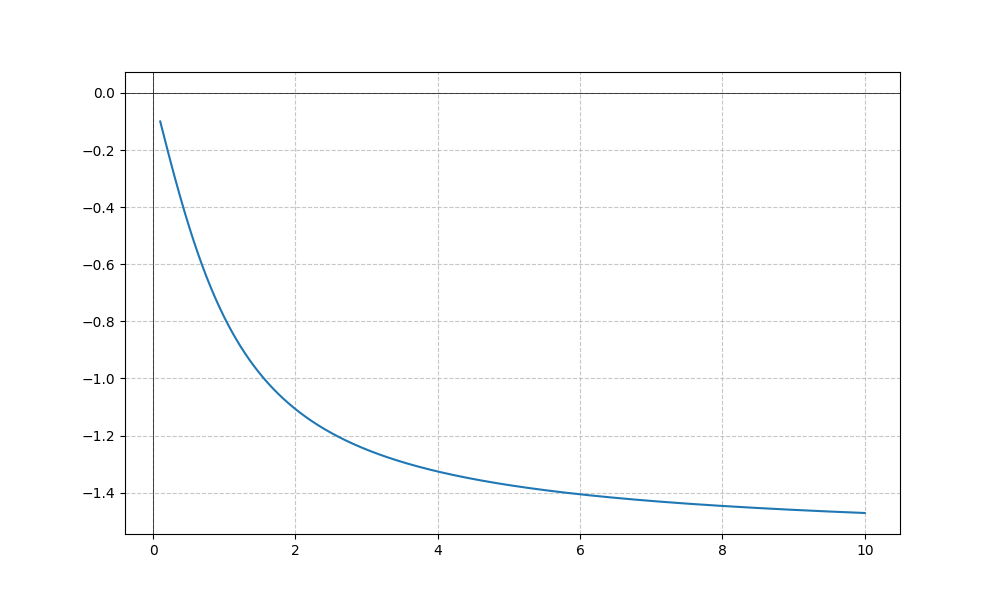
LaTeX formula: - \operatorname{atan}{\left(x \right)}